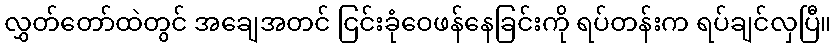
လွှတ်တော်ထဲတွင် အချေအတင် ငြင်းခုံဝေဖန်နေခြင်းကို ရပ်တန်းက ရပ်ချင်လှပြီ။